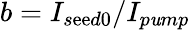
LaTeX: b=I_{s\mathrm{e}\mathrm{e}d0}/I_{p\mathit{u}mp}